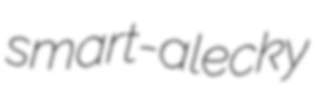
smart-alecky